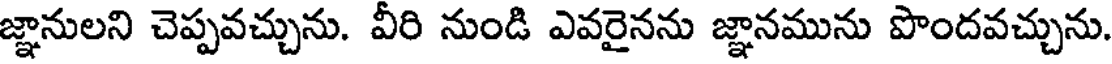
జ్ఞానులని చెప్పవచ్చును. వీరి నుండి ఎవరైనను జ్ఞానమును పొందవచ్చును.